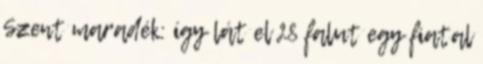
Szent maradék: így lát el 28 falut egy fiatal